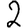
Digit: 2